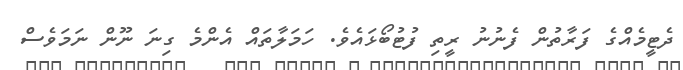
ދެޓީމެއްގެ ފަރާތުން ފެނުނު ރީތި ފުޓުބޯޅައެވެ. ހަމަލާތައް އެންމެ ގިނަ ނޫން ނަމަވެސް